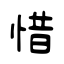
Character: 惜